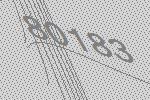
80183